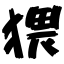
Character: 猥